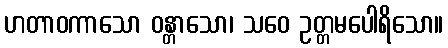
ဟတာဝကာသော ဝန္တာသော၊ သဝေ ဥတ္တမပေါရိသော။